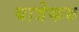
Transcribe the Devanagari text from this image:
यात्रेकरु